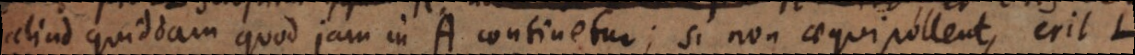
aliud quiddam quod jam in A continetur; si non aequipollent, erit L